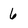
Character: 6